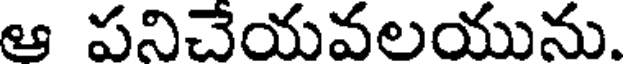
ఆ పనిచేయవలయును.